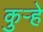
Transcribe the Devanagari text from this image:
कुर्‍हे